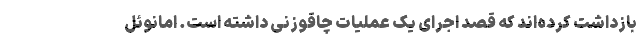
بازداشت کرده‌اند که قصد اجرای یک عملیات چاقوزنی داشته است. امانوئل